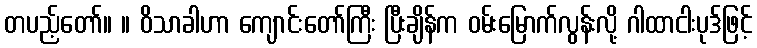
တပည့်တော်။ ။ ဝိသာခါဟာ ကျောင်းတော်ကြီး ပြီးချိန်က ဝမ်းမြောက်လွန်းလို့ ဂါထာငါးပုဒ်ဖြင့်